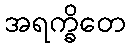
အရက္ခိတေ